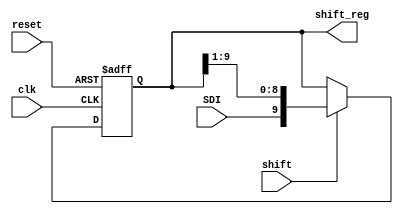
`timescale 1ns / 1ps
//****************************************************************//
//																						//
//  Created by Jacob Nguyen on 10/24/18.                          //
//  Copyright  2018 Jacob Nguyen. All rights reserved.           //
//																						//
//	 Abstract: 10-bit shift register is responsible for reading in //
//				  data from the Rx signal and then being remapped and //
//				  sent as an input to the Tramelblaze (IN_PORT). 		//
//				  Since Rx is one bit wide, the shift register 			//
//				  supports a serial-in-parallel-out protocol. Data		//
//				  is shifted in whenever "Bit Time Up" is asserted.	//
//																						//
//  In submitting this file for class work at CSULB               //
//  I am confirming that this is my work and the work             //
//  of no one else. In submitting this code I acknowledge that 	//
//  plagiarism in student project work is subject to dismissal 	//
//  from the class 																//
//****************************************************************//
module shift_reg(clk, reset, shift, SDI, shift_reg);

	input clk, reset, shift, SDI;
	output reg [9:0] shift_reg;
	
	always @(posedge clk, posedge reset)
		if (reset) shift_reg <= 10'b0; else
		if (shift) shift_reg <= {SDI, shift_reg[9:1]}; else
					  shift_reg <= shift_reg;


endmodule